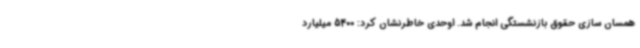
همسان سازی حقوق بازنشستگی انجام شد. اوحدی خاطرنشان کرد: 5400 میلیارد